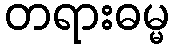
တရားဓမ္မ